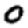
Digit: 0